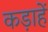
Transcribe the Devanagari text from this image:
कड़ाहें